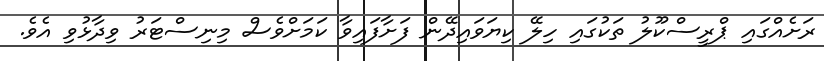
ރަށެއްގައި ޕްރީސްކޫލު ތަކުގައި ހިލޭ ކިޔަވައިދޭން ފަށާފައިވާ ކަމަށްވެސް މިނިސްޓަރު ވިދާޅުވި އެވެ.